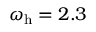
\omega _ { \mathrm { h } } = 2 . 3